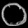
Digit: ၀